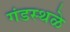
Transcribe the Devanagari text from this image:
गंडस्थळे